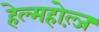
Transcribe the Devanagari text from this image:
हेल्महोल्ज़